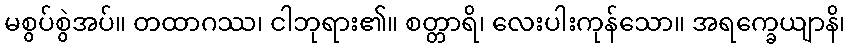
မစွပ်စွဲအပ်။ တထာဂဿ၊ ငါဘုရား၏။ စတ္တာရိ၊ လေးပါးကုန်သော။ အရက္ခေယျာနိ၊